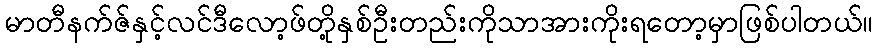
မာတီနက်ဇ်နှင့်လင်ဒီလော့ဖ်တို့နှစ်ဦးတည်းကိုသာအားကိုးရတော့မှာဖြစ်ပါတယ်။